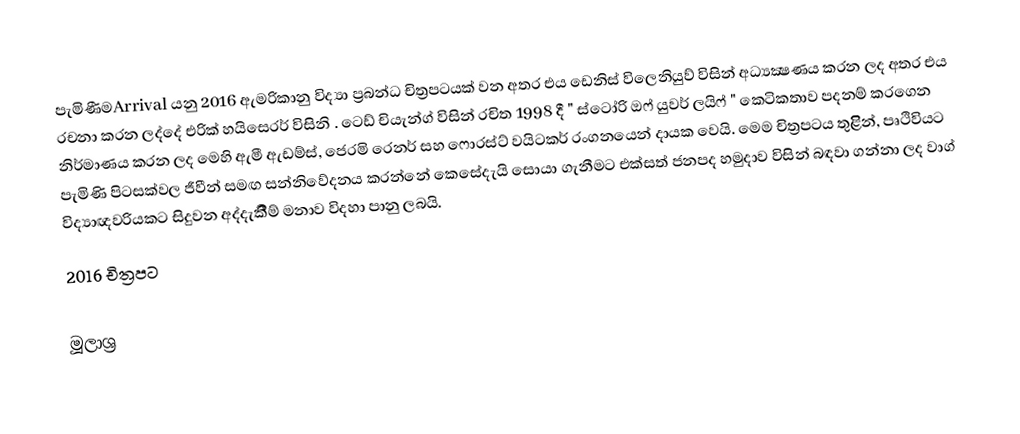
පැමිණීමArrival යනු 2016 ඇමරිකානු විද්‍යා ප්‍රබන්ධ චිත්‍රපටයක් වන අතර එය ඩෙනිස් විලෙනියුව් විසින් අධ්‍යක්‍ෂණය කරන ලද අතර එය රචනා කරන ලද්දේ එරික් හයිසෙරර් විසිනි . ටෙඩ් චියැන්ග් විසින් රචිත 1998 දී " ස්ටෝරි ඔෆ් යුවර් ලයිෆ් " කෙටිකතාව පදනම් කරගෙන නිර්මාණය කරන ලද මෙහි ඇමී ඇඩම්ස්, ජෙරමි රෙනර් සහ ෆොරස්ට් වයිටකර් රංගනයෙන් දායක වෙයි. මෙම චිත්‍රපටය තුළිින්, පෘථිවියට පැමිණි පිටසක්වල ජීවීන් සමඟ සන්නිවේදනය කරන්නේ කෙසේදැයි සොයා ගැනීමට එක්සත් ජනපද හමුදාව විසින් බඳවා ගන්නා ලද වාග් විද්‍යාඥවරියකට සිදුවන අද්දැකීීම් මනාව විදහා පානු ලබයි.
2016 චිත්‍රපට

මූලාශ්‍ර